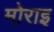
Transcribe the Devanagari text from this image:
मोराइ